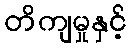
တိကျမှုနှင့်